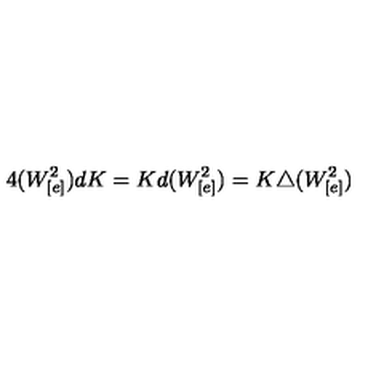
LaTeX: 4 ( W _ { [ e ] } ^ { 2 } ) d K = K d ( W _ { [ e ] } ^ { 2 } ) = K \triangle ( W _ { [ e ] } ^ { 2 } )